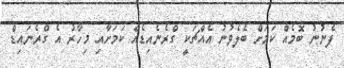
ފެނުނު ބޮމެއް ކަމަށް ބެލެވުނު އެއްޗަކީ ގްރެނެއިޑެއް ކަމަށާއި މިހާރު އެ ގްރެނައިޑް